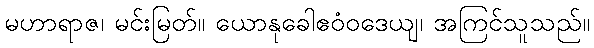
မဟာရာဇ၊ မင်းမြတ်။ ယောနုခေါဧဝံဝဒေယျ၊ အကြင်သူသည်။